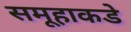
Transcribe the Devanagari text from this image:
समूहाकडे